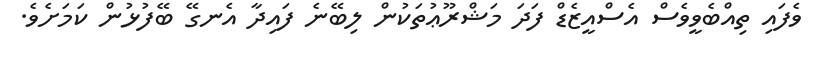
ވެފައި ތިއްބެވީވެސް އެސްއީޒެޑް ފަދަ މަޝްރޫޢުތަކުން ލިބޭނެ ފައިދާ އެނގޭ ބޭފުޅުން ކަމަށެވެ.